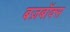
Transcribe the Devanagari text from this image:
बज़बॉक्स